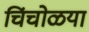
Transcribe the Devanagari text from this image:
चिंचोळया